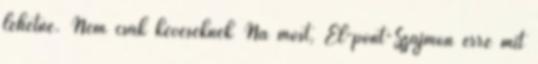
lehetne. Nem csak keveseknek Na most, El-pont-Szájmon erre mit